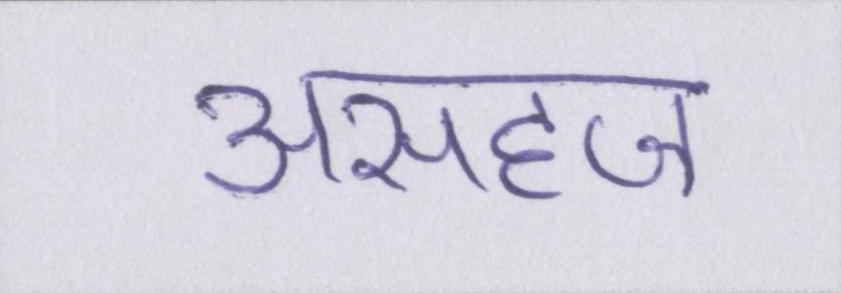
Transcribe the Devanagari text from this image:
असहज